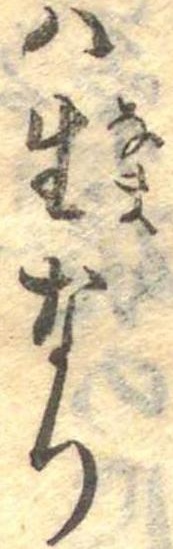
は生なり